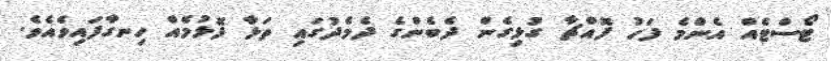
ޓޯސްޓެއް އެންމެ ފަހު ފޮއްޗާ ގުޅިގެން ދެބެންގެ ދެމެދުގައި ތަޅާ ފޮޅުމެއް ހިނގާފައިވެއެވެ.